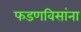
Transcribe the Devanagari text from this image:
फडणविसांना